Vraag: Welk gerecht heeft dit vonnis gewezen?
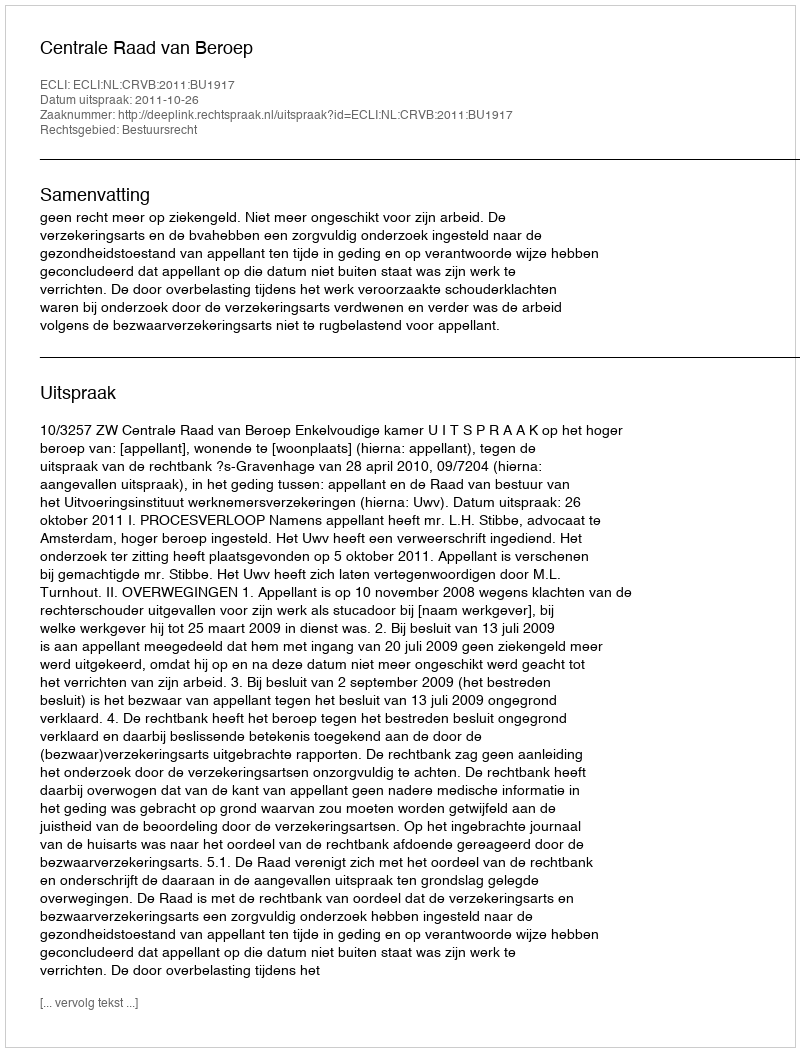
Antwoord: Centrale Raad van Beroep